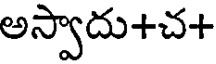
అస్వాదు+చ+